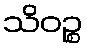
သိဝဉ္စ